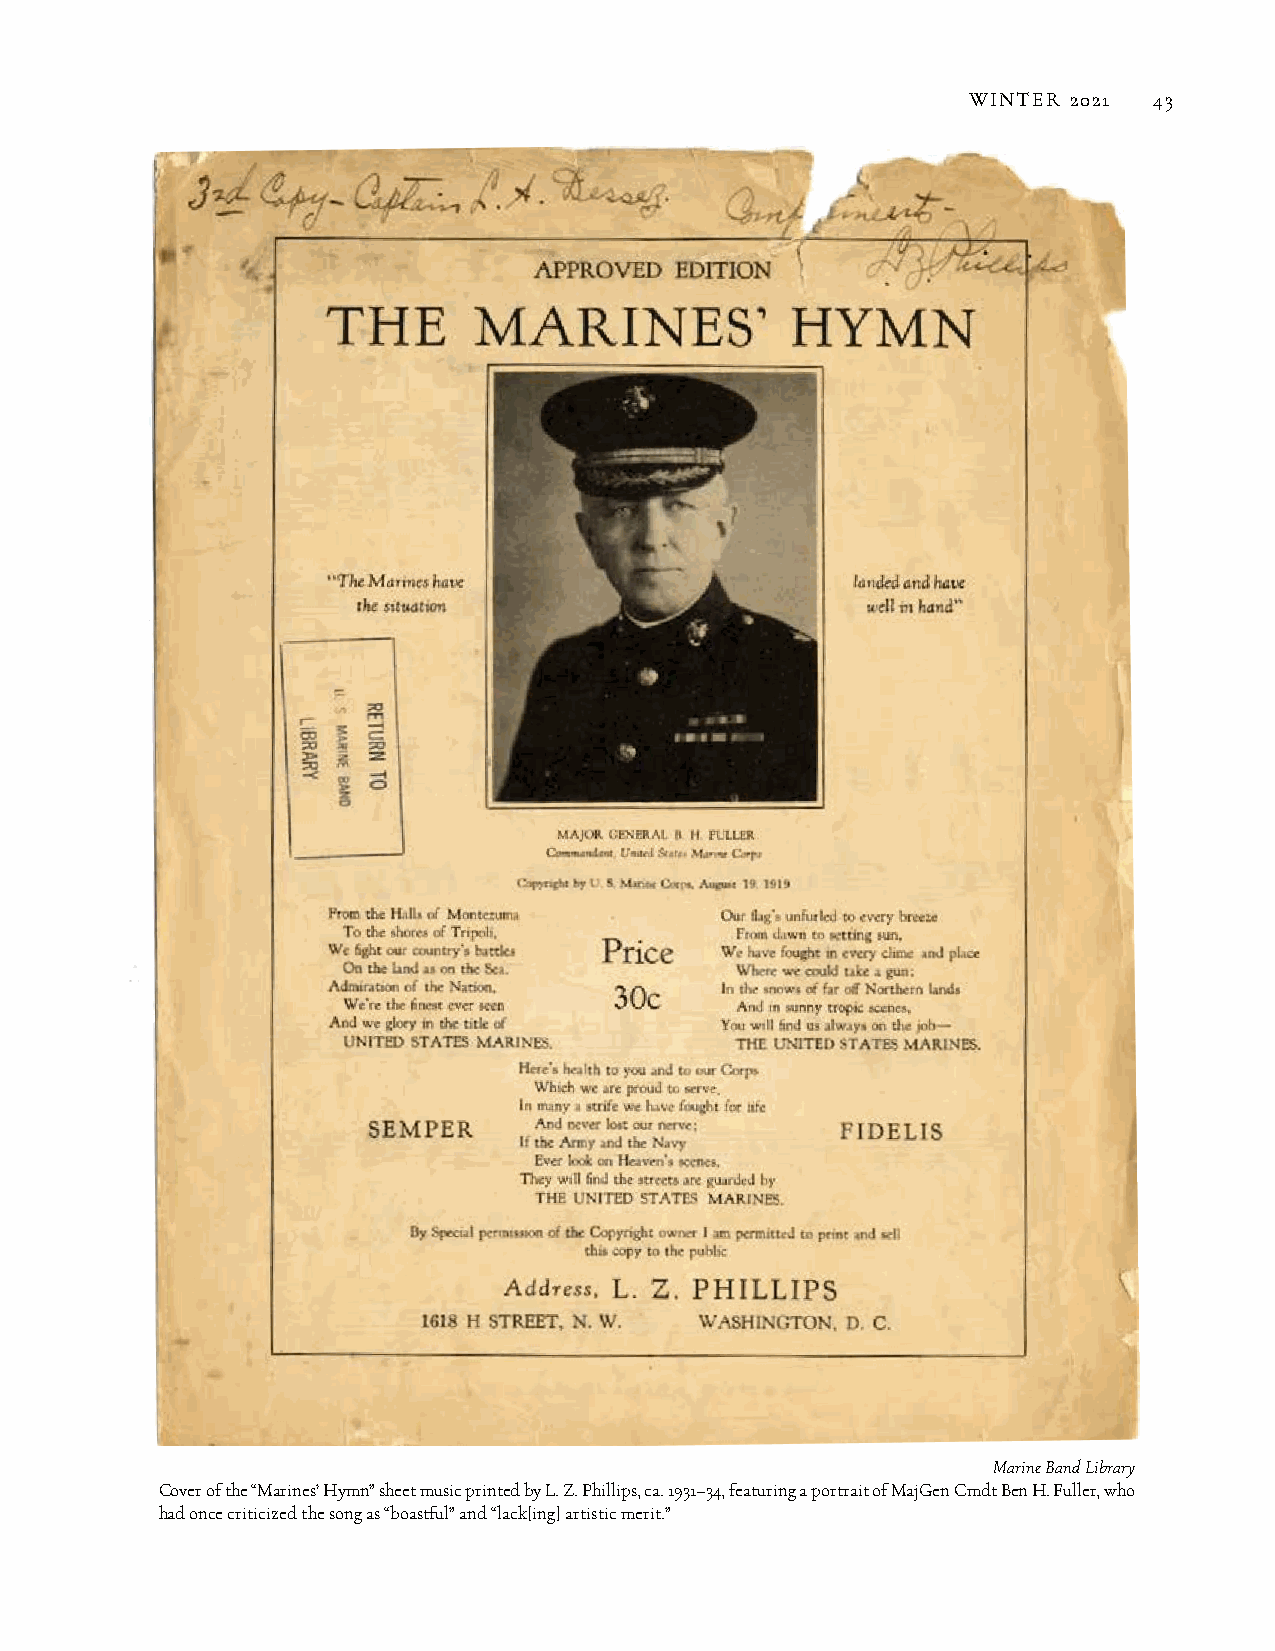
WINTER 2021 43
 Marine Band Library
 Cover of the “Marines’ Hymn” sheet music printed by L. Z. Phillips, ca. 1931–34, featuring a portrait of MajGen Cmdt Ben H. Fuller, who
 had once criticized the song as “boastful” and “lack[ing] artistic merit.”